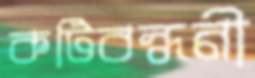
কটিবন্ধনী